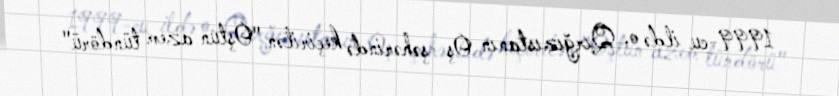
1999-cu ildə o, Qırğızıstanın Oş şəhərində keçirilən "Oştun azem tündörü"